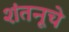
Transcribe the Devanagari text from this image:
शंतनूचे